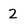
Character: 2